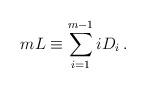
LaTeX: \begin{align*}mL \equiv \sum_{i=1}^{m-1} iD_i \, .\end{align*}